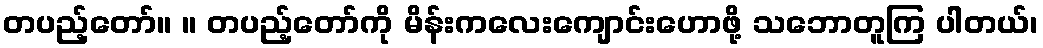
တပည့်တော်။ ။ တပည့်တော်ကို မိန်းကလေးကျောင်းဟောဖို့ သဘောတူကြ ပါတယ်၊